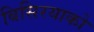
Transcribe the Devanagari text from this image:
बिसिरयाको